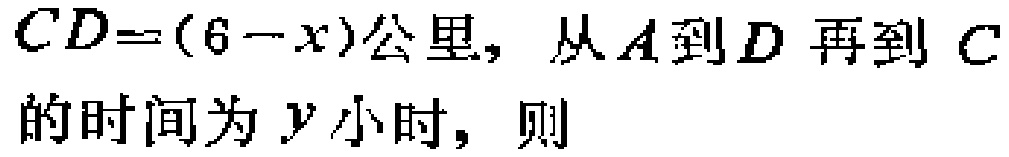
$CD=(6 - x)\text{公里}，\text{从}A\text{到}D\text{再到}C\text{的时间为}y\text{小时}，\text{则}$